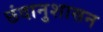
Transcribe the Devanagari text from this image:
छंदानुशासन